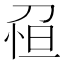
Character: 𠝗